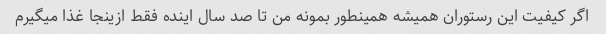
اگر کیفیت این رستوران همیشه همینطور بمونه من تا صد سال اینده فقط ازینجا غذا میگیرم